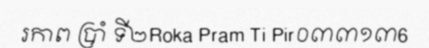
រកាព ប្រាំ ទី២Roka Pram Ti Pir០៣៣១៣6